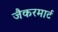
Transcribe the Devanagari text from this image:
जैकरमार्ट